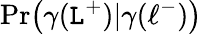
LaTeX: \operatorname*{Pr}\bigl(\gamma(\mathtt{L}^{+})|\gamma(\ell^{-})\bigr)